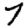
Digit: 7